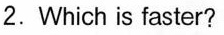
2.Which is faster?